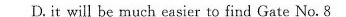
D. it will be much easier to find Gate No.8